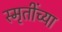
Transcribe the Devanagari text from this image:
स्मृतींच्या